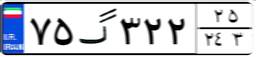
۷۵گ۳۲۲۲۵